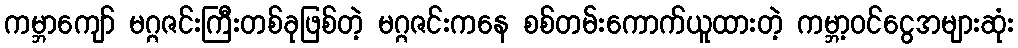
ကမ္ဘာကျော် မဂ္ဂဇင်းကြီးတစ်ခုဖြစ်တဲ့ မဂ္ဂဇင်းကနေ စစ်တမ်းကောက်ယူထားတဲ့ ကမ္ဘာ့ဝင်ငွေအများဆုံး